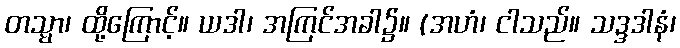
တသ္မာ၊ ထို့ကြောင့်။ ယဒါ၊ အကြင်အခါ၌။ (အဟံ၊ ငါသည်။ သဒ္ဒဒါနံ၊